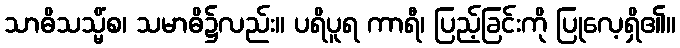
သာဓိသသ္မိံစ၊ သမာဓိ၌လည်း။ ပရိပူရ ကာရီ၊ ပြည့်ခြင်းကို ပြုလေ့ရှိ၏။